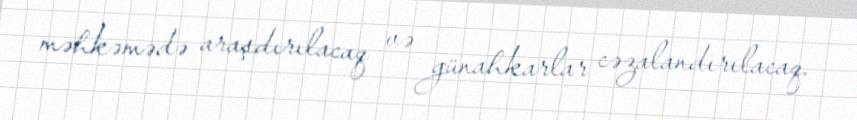
məhkəmədə araşdırılacaq və günahkarlar cəzalandırılacaq.